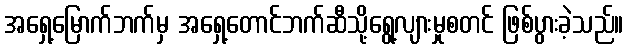
အရှေ့မြောက်ဘက်မှ အရှေ့တောင်ဘက်ဆီသို့ရွေ့လျားမှုစတင် ဖြစ်ပွားခဲ့သည်။